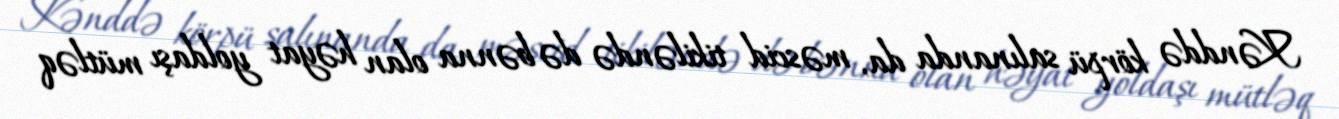
Kənddə körpü salınanda da, məscid tikiləndə də bənna olan həyat yoldaşı mütləq